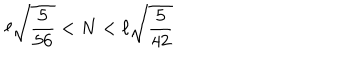
\ell \sqrt { \frac { 5 } { 5 6 } } < N < \ell \sqrt { \frac { 5 } { 4 2 } }